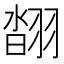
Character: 𦑇